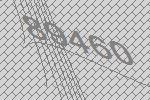
89460